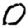
Digit: 0